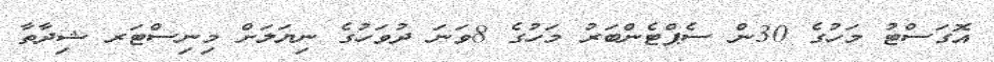
އޮގަސްޓު މަހުގެ 30ން ސެޕްޓެންބަރު މަހުގެ 8ވަނަ ދުވަހުގެ ނިޔަލަށް މިނިސްޓަރ ޝިދާތާ